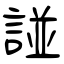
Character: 諩